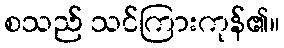
စသည် သင်ကြားကုန်၏။